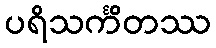
ပရိသင်္ကိတဿ